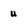
Character: u